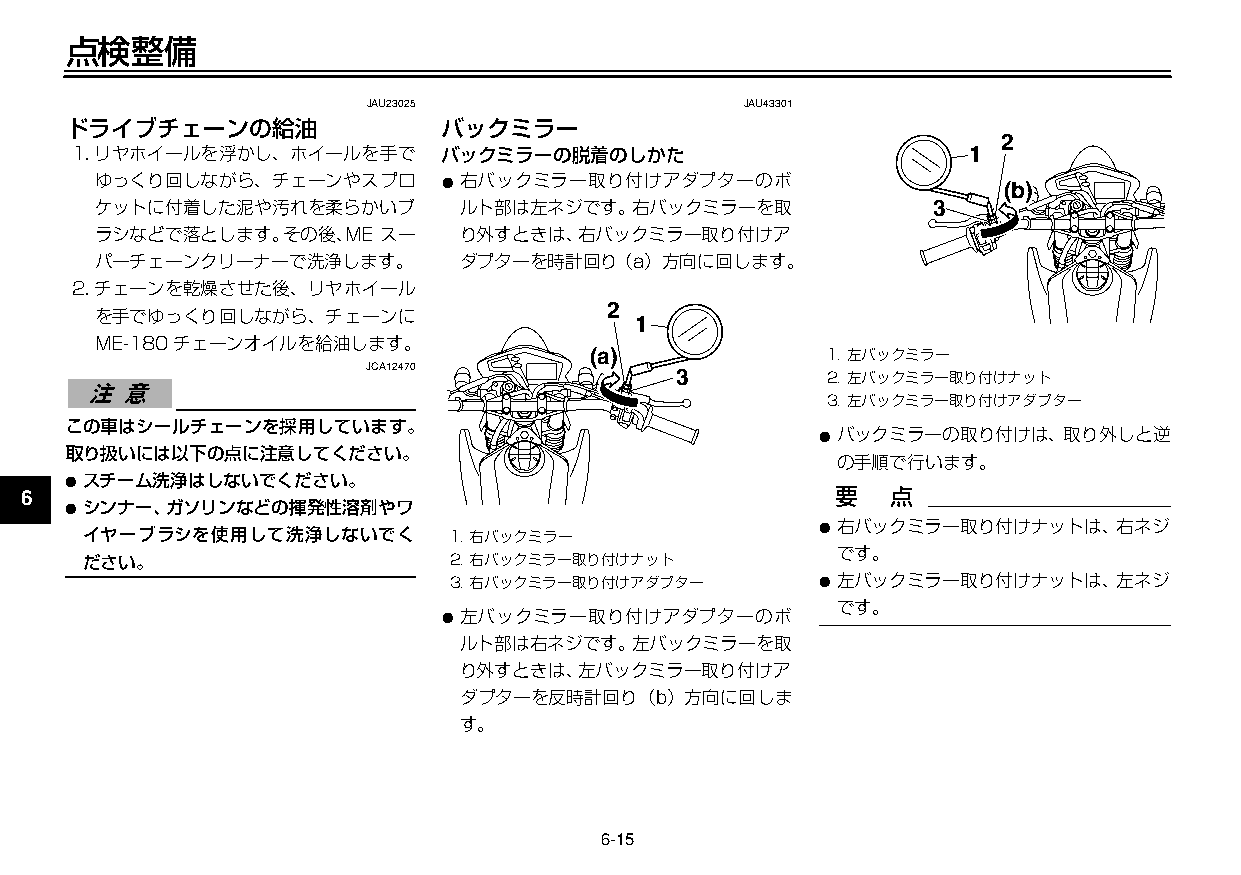
U3C5J7J0 15ページ ２００９年１１月４日 水曜日 午前９時４７分
 点検整備
 JAU23025                 JAU43301
 ドライブチェーンの給油             バックミラー
 2
 1.リヤホイールを浮かし、ホイールを手で    バックミラーの脱着のしかた                      1
 ゆっくり回しながら、チェーンやスプロ     ●右バックミラー取り付けアダプターのボ                   (b)
 1   ケットに付着した泥や汚れを柔らかいブ       ルト部は左ネジです。右バックミラーを取            3
 ラシなどで落とします。その後、ME  スー    り外すときは、右バックミラー取り付けア
 2   パーチェーンクリーナーで洗浄します。       ダプターを時計回り（a）方向に回します。
 2.チェーンを乾燥させた後、リヤホイール
 2
 3   を手でゆっくり回しながら、チェーンに                  1
 ME-180チェーンオイルを給油します。
 (a)             1.左バックミラー
 4                     JCA12470             3         2.左バックミラー取り付けナット
 3.左バックミラー取り付けアダプター
 この車はシールチェーンを採用しています。
 5                                                   ●バックミラーの取り付けは、取り外しと逆
 取り扱いには以下の点に注意してください。
 の手順で行います。
 ●スチーム洗浄はしないでください。
 6
 ●シンナー、ガソリンなどの揮発性溶剤やワ
 ●右バックミラー取り付けナットは、右ネジ
 イヤーブラシを使用して洗浄しないでく      1.右バックミラー
 7   ださい。                    2.右バックミラー取り付けナット          です。
 3.右バックミラー取り付けアダプター      ●左バックミラー取り付けナットは、左ネジ
 8                          ●左バックミラー取り付けアダプターのボ        です。
 ルト部は右ネジです。左バックミラーを取
 9                            り外すときは、左バックミラー取り付けア
 ダプターを反時計回り（b）方向に回しま
 す。
 6-15